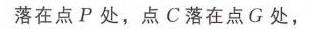
落在点 \(P\) 处，点 \(C\) 落在点 \(G\) 处，